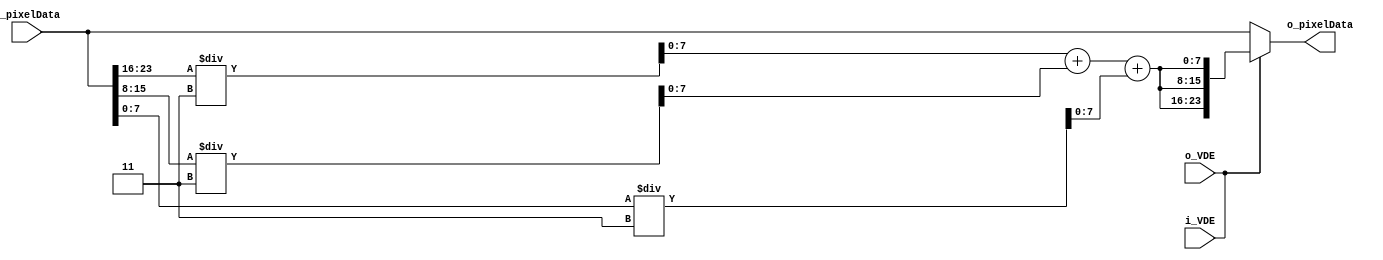
`timescale 1ns / 1ps		//simulation time unit is 1ns and resolution is 1ps

module GrayScale ( i_VDE , i_pixelData , o_VDE, o_pixelData);
  input i_VDE;
  input o_VDE;
  wire i_VDE;
  input [23:0] i_pixelData;
  output [23:0] o_pixelData;
  wire [7:0] red, green, blue;
  wire [7:0] gray;
  wire vde = i_VDE;
  assign o_VDE = vde;

  assign  red = (i_pixelData[23:16]);
  assign  blue = (i_pixelData[15:8]);
  assign  green = (i_pixelData[7:0]);
  assign gray = ((red/3) + (blue/3) + (green/3));
  assign o_pixelData = (vde) ? {gray, gray, gray} : {red, blue, green};
  assign o_VDE = vde;

endmodule